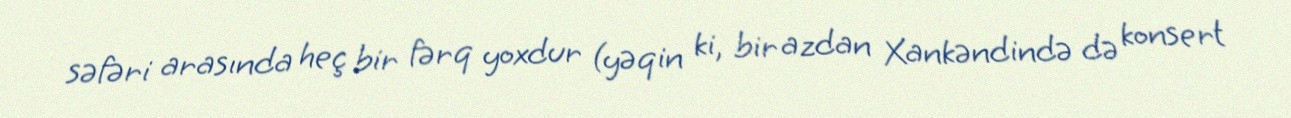
səfəri arasında heç bir fərq yoxdur (yəqin ki, bir azdan Xankəndində də konsert